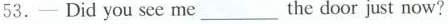
53.-Did you see me ____ the door just now?